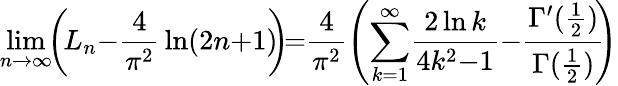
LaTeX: \operatorname*{lim}_{n\to\infty}\! \! \left(\! {L_{n}{-}{\frac{4}{\pi^{2}}}\ln(2n{+}1)}\! \! \right)\! {=}{\frac{4}{\pi^{2}}}\! \left({\sum_{k=1}^{\infty}\! {\frac{2\ln k}{4k^{2}{-}1}}}{-}{\frac{\Gamma^{\prime}({\frac{1}{2}})}{\Gamma({\frac{1}{2}})}}\! \! \right)